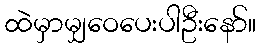
ထဲမှာမျှဝေပေးပါဦးနော်။